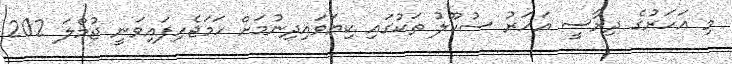
މި އަހަރުގެ ދިރާސީ އަހަރު ސުކޫލު ތަކުގައި ކިޔަވައިދިނުމަށް ހަމަޖެހިފައިވަނީ ޖުމްލަ 202